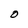
Character: O